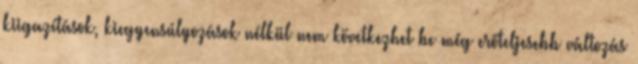
kiigazítások, kiegyensúlyozások nélkül nem következhet be még erőteljesebb változás